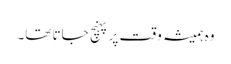
وہ ہمیشہ وقت پر پہنچ جاتا تھا۔